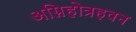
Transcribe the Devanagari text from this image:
अग्निहोत्रहवन